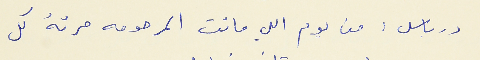
درباس : من يوم اللي ماتت المرحومه مرتهُ كل